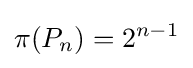
\pi (P_{n})=2^{n-1}